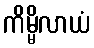
ကိမ္မိလာယံ